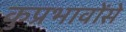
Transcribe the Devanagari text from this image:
कुप्रभावोंसे